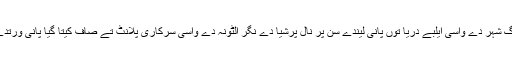
ہامبرگ شہر دے واسی ایلبے دریا توں پانی لیندے سن پر نال پرشیا دے نگر الٹونہ دے واسی سرکاری پلانٹ تے صاف کیتا گیا پانی ورتدے سن۔